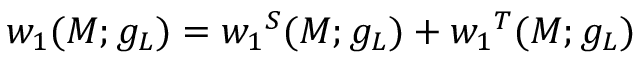
w _ { 1 } ( M ; g _ { L } ) = { w _ { 1 } } ^ { S } ( M ; g _ { L } ) + { w _ { 1 } } ^ { T } ( M ; g _ { L } )